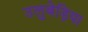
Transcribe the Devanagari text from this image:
उलुबेड़िया